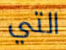
التي